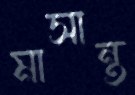
মাসান্ত